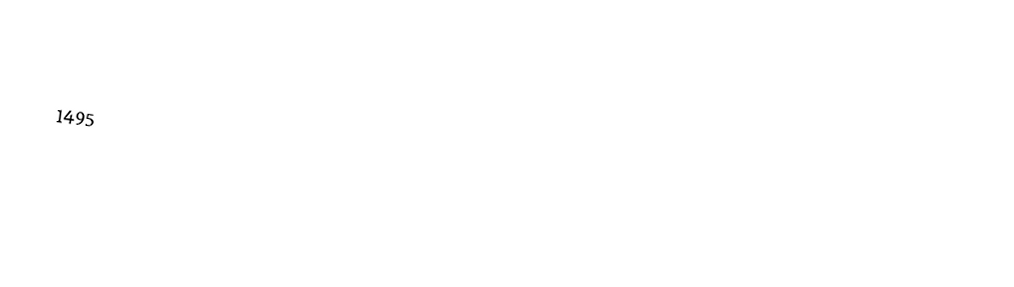

1495